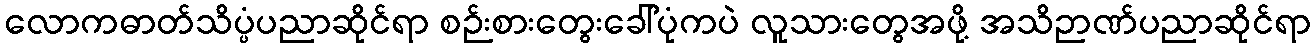
လောကဓာတ်သိပ္ပံပညာဆိုင်ရာ စဉ်းစားတွေးခေါ်ပုံကပဲ လူသားတွေအဖို့ အသိဉာဏ်ပညာဆိုင်ရာ